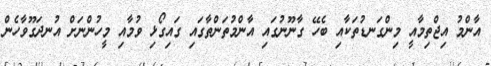
އާންމު އިޖްތިމާއީ މިންގަނޑުތަކާއި ބެހޭ ގާނޫނުގައި އާންމުތަންތާގައި ގައިގޯޅި ވުމާއި މީހުންނަށް އުނދަގޫވާހެން